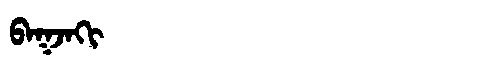
Manchu: ᠪᠠᡴᠵᠠᡴᡳ
Romanization: BAKJAKI